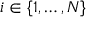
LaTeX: i \in \{ 1 , \ldots , N \}